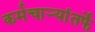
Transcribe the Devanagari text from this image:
कर्मचाऱ्यांतर्फे